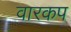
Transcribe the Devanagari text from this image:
वारकप